Scottish Leaving Certificate Examination, 1959
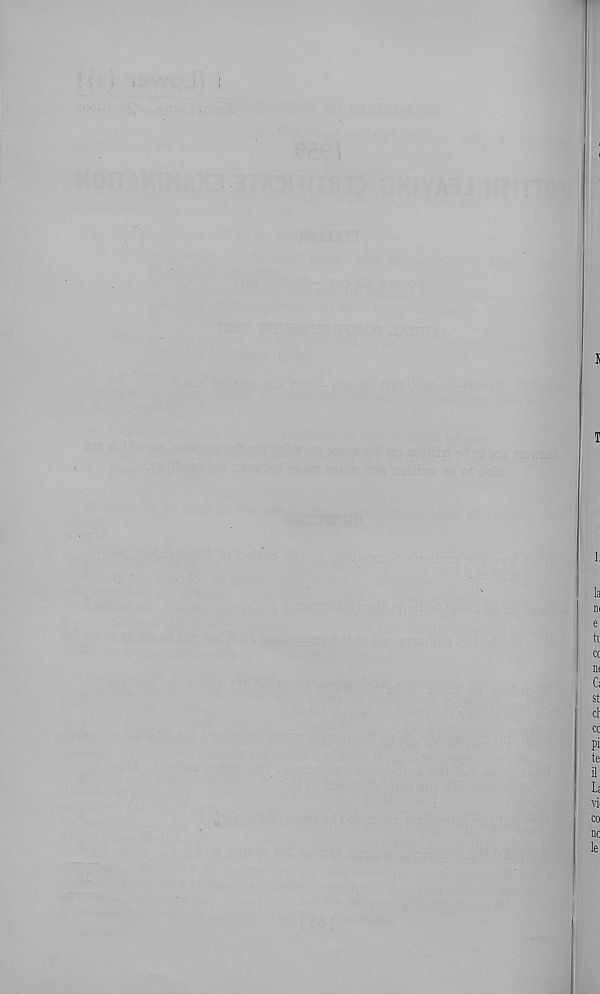
L
la
m
e
ti
ct
Il(
C;
st
cl
cc
Pi
te
il
Li
vi
CO
nc
le